Report on the bubonic plague in Bombay, 1896-1897
Year: 1896
Disease focus: Plague
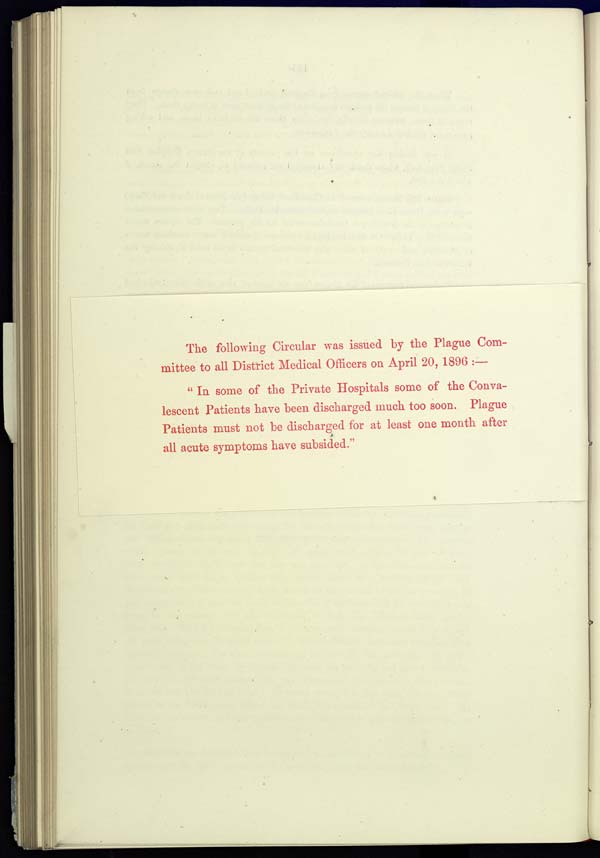
The following Circular was issued by the Plague Com-
mittee to all District Medical Officers on April 20, 1896 :—
" In some of the Private Hospitals some of the Conva-
lescent Patients have been discharged much too soon. Plague
Patients must not be discharged for at least one month after
all acute symptoms have subsided."